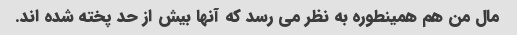
مال من هم همینطوره به نظر می رسد که آنها بیش از حد پخته شده اند.